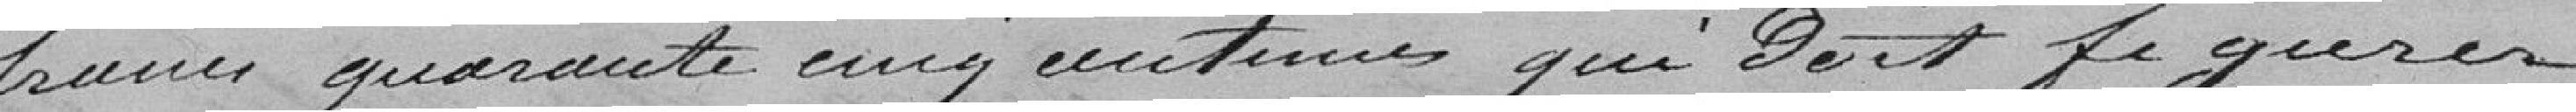
francs quarante cinq centimes qui doit se gérer